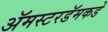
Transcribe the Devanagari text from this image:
ॲमस्टरडॅमकडे